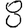
Digit: 8